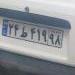
۲۴ط۴۱۹۹۸